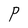
Character: P